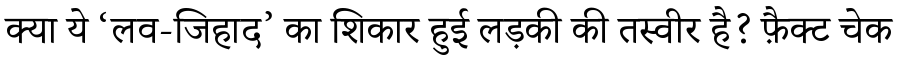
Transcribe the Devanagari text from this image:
क्या ये ‘लव-जिहाद’ का शिकार हुई लड़की की तस्वीर है? फ़ैक्ट चेक